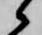
候